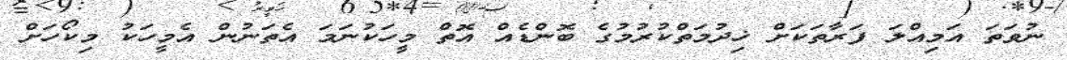
ނުވަތަ އަމިއްލަ ފަރާތަކަށް ޚިދުމަތްކުރުމުގެ ބޮންޑެއް އޮތް މީހަކުނަމަ އެތަނުން އެމީހަކު މިކޯހަށް